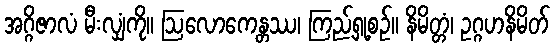
အဂ္ဂိဇာလံ မီးလျှံကို။ ဩလောကေန္တဿ၊ ကြည့်ရှု့စဉ်။ နိမိတ္တံ၊ ဥဂ္ဂဟနိမိတ်